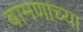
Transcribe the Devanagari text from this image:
बामणाच्या